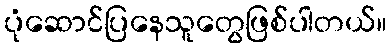
ပုံဆောင်ပြနေသူတွေဖြစ်ပါတယ်။